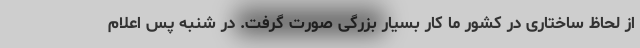
از لحاظ ساختاری در کشور ما کار بسیار بزرگی صورت گرفت. در شنبه پس اعلام